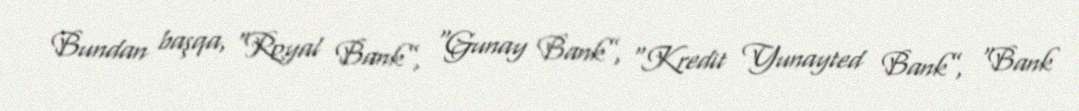
Bundan başqa, “Royal Bank”, “Gunay Bank”, “Kredit Yunayted Bank”, “Bank